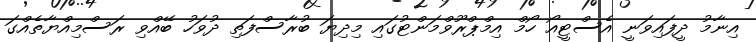
އިނާމު ދީފައިވަނީ އެސްޓީއޯ ހޯމް އިމްޕްރޫވްމަންޓުގައި މިދިޔަ ބުރާސްފަތި ދުވަހު ބޭއްވި ރަސްމިއްޔާތެއްގަ